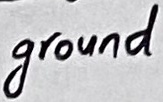
Text: ground